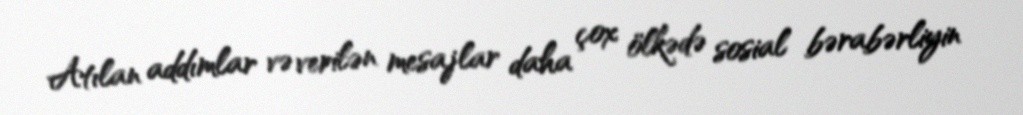
Atılan addımlar və verilən mesajlar daha çox ölkədə sosial bərabərliyin